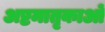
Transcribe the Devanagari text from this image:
अष्टमातृकाओं